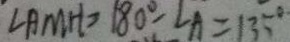
\angle A M H = 1 8 0 ^ { \circ } - \angle A = 1 3 5 ^ { \circ }